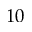
1 0